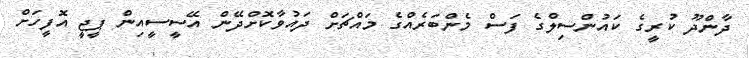
ދާންދޫ ކުރީގެ ކައުންސިލްގެ ފަސް މެންބަރެއްގެ މައްޗަށް ދައުވާކޮށްދޭން އޭސީސީއިން ޕީޖީ އޮފީހަށް